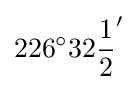
226^{\circ }32{\frac {1}{2}}'